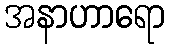
အနာဟာရော